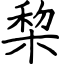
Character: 棃